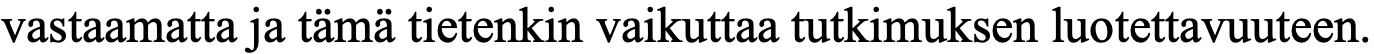
vastaamatta ja tämä tietenkin vaikuttaa tutkimuksen luotettavuuteen.